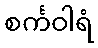
စင်္ကဝါရံ